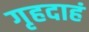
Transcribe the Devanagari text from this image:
गृहदाहं